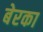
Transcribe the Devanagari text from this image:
बेरका